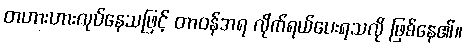
တဟားဟားလုပ်နေသဖြင့် တာဝန်အရ လိုက်ရယ်ပေးရသလို ဖြစ်နေ၏။